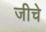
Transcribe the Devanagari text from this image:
जीचे